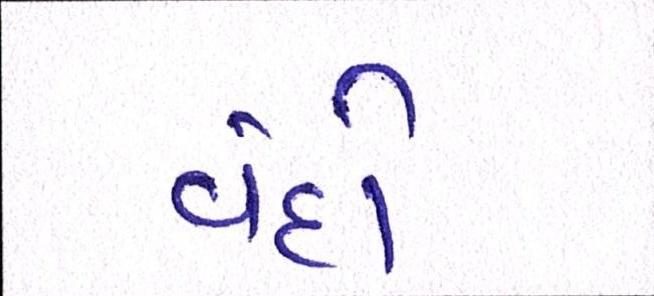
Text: વંદો